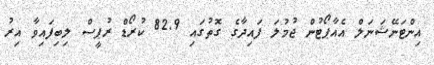
އިންޓަނޭޝަނަލް އެއާޕޯޓުން ޖުމުލަ ފައިދާގެ ގޮތުގައި 82.9 ކުރޯޑް ރުޕީސް ލިބިފައިވާ އިރު